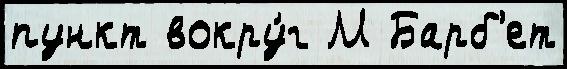
пункт вокру́г М Барб'ет